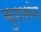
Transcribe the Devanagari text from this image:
कुरासंन